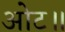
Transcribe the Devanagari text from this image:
ओट॥